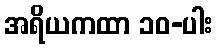
အရိယကထာ ၁၀-ပါး